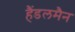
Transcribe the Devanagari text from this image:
हैंडलमैन